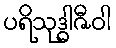
ပရိသုဒ္ဓါဇီဝါ